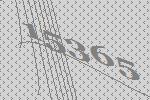
15365